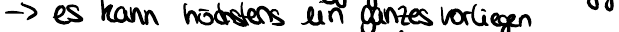
-> es kann höchstens ein ganzes vorliegen